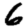
Digit: 6